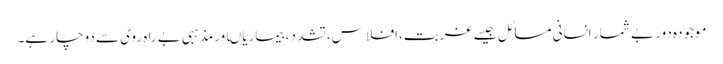
موجودہ دور بے شمار انسانی مسائل جیسے غربت،افلاس،تشدد ،بیماریاںاورمذہبی بے راہ روی سے دوچار ہے۔